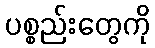
ပစ္စည်းတွေကို